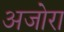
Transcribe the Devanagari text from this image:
अजोरा